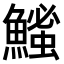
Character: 𫙵